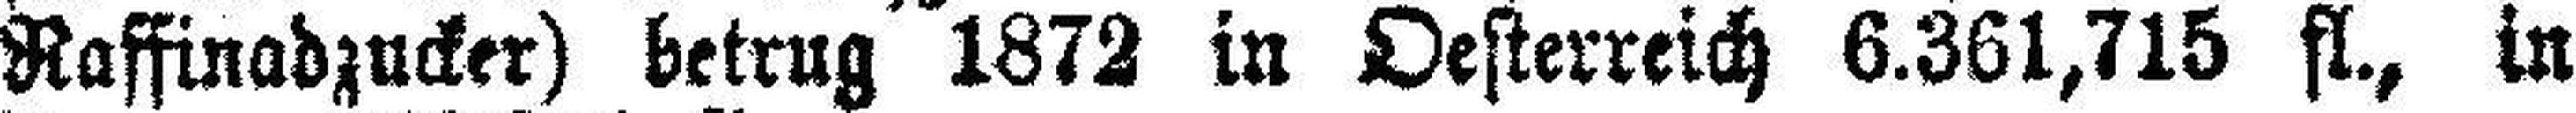
Raffinadzucker) betrug 1872 in Oesterreich 6.361,715 fl., in